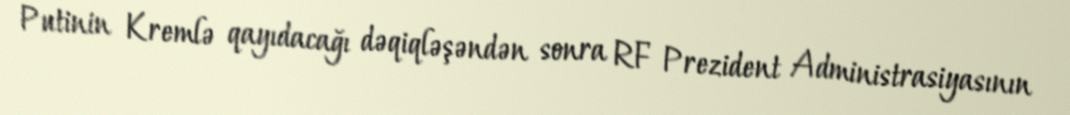
Putinin Kremlə qayıdacağı dəqiqləşəndən sonra RF Prezident Administrasiyasının